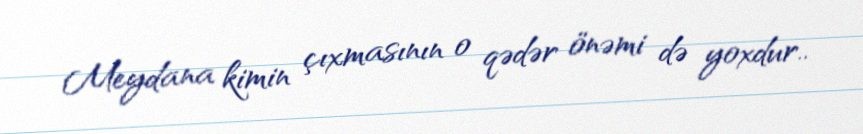
Meydana kimin çıxmasının o qədər önəmi də yoxdur..